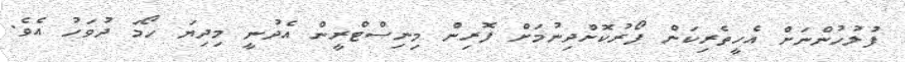
ފުލުހުންނަށް އެހީތެރިކަން ފޯރުކޮށްދިނުމަށް ފޮރިން މިނިސްޓްރީން އެދުނީ މިދިޔަ ހޯމަ ދުވަހު އެވެ.